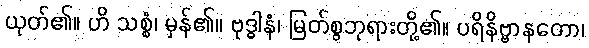
ယုတ်၏။ ဟိ သစ္စံ၊ မှန်၏။ ဗုဒ္ဓါနံ၊ မြတ်စွဘုရားတို့၏။ ပရိနိဗ္ဗာနတော၊